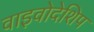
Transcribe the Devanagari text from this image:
वाइवोदेशिप